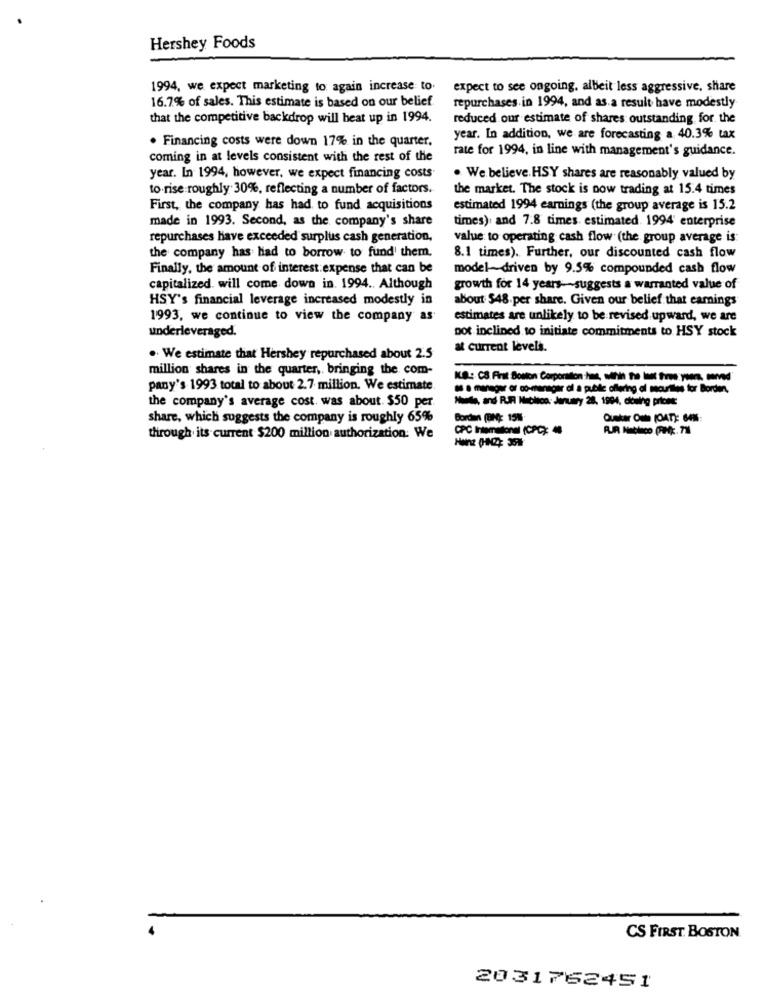
Hershey Foods
1994, we expect marketing to again increase to.
expect to see ongoing, albeit less aggressive, share
16.7% of sales. This estimate is based on our belief.
repurchases in 1994, and as a result have modestly
that the competitive backdrop will beat up in 1994.
reduced our estimate of shares outstanding for the
. Financing costs were down 17% in the quarter.
year. In addition, we are forecasting a 40.3% tax
coming in at levels consistent with the rest of the
rate for 1994, in line with management's guidance.
year. In 1994, however, we expect financing costs
. We believe. HSY shares are reasonably valued by
to rise roughly 30%, reflecting a number of factors.
the market. The stock is now trading at 15.4 times
First, the company has had to fund acquisitions
estimated 1994 earnings (the group average is 15.2
made in 1993. Second, as the company's share
times), and 7.8 times. estimated. 1994' enterprise
repurchases have exceeded surplus cash generation,
value to operating cash flow (the group average is
the company has had to borrow to fund' them.
8.1 times). Further, our discounted cash flow
Finally, the amount of interest expense that can be
model-driven by 9.5% compounded cash flow
capitalized. will come down in. 1994 .. Although
growth for 14 years -- suggests a warranted value of
HSY's financial leverage increased modestly in
about $48.per share. Given our belief that earnings
1993, we continue to view the company as
estimates are unlikely to be revised upward, we are
underleveraged.
pot inclined to initiate commitments to HSY stock
at current levels.
. We estimate that Hershey repurchased about 2.5
million shares in the quarter, bringing the com-
ILS .: CS. First Boston Corporation :has, with the last three years, mand"
pany's 1993 total to about 2.7 million. We estimate
as a manager of co-renegar of a public offering of securities for Borden,
the company's average cost. was about. $50 per
Nula, and RJR. Nublica: January 28, 1994, diceing price:
share, which suggests the company is roughly 65%
Borden (BIN): 15%
Ounkar Out (DATE BAN
CPC Intemationel (CPC):
through its current $200 million authorization: We
CS FIRST BOSTON
2031762451